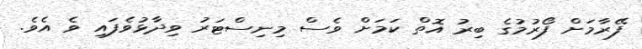
ފޭރާމަށް ފޯރުމުގެ ބިރު އޮތް ކަމަށް ވެސް މިނިސްޓަރު ވިދާޅުވެފައި ވެ އެވެ.